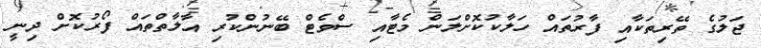
ޖަލުގެ ތޭރިތަކާއި ފާރުތައް ހަލާކުކޮށްލަން މެޓާއި ސްވެޓް ބޭނުންކުރި އާލާތްތައް ފޯރުކޮށް ދިނީ